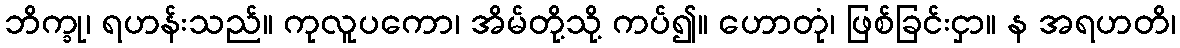
ဘိက္ခု၊ ရဟန်းသည်။ ကုလူပကော၊ အိမ်တို့သို့ ကပ်၍။ ဟောတုံ၊ ဖြစ်ခြင်းငှာ။ န အရဟတိ၊